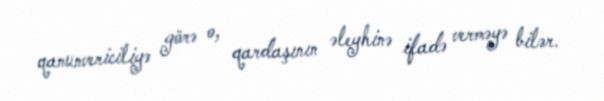
qanunvericiliyə görə o, qardaşının əleyhinə ifadə verməyə bilər.